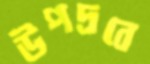
উপদ্রবে